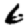
Digit: 6